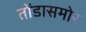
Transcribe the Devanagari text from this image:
तोंडासमोर